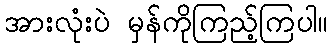
အားလုံးပဲ မှန်ကိုကြည့်ကြပါ။